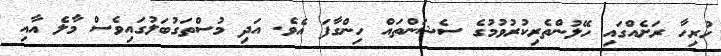
ހުރިހާ ރަށެއްގައި ހޭލުންތެރިކުރުވުމުގެ ސެޝަންތައް ހިންގާފަ އެވެ. އަދި މުސްތަގުބަލުގައިވެސް މާލެ އާއި